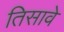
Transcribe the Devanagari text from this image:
तिसावे